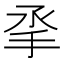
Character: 𢪻